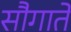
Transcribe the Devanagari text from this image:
सौगातें